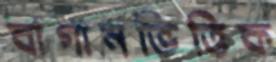
বাগানভিত্তিক